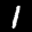
Label: 1